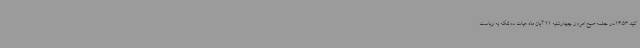
کنید 14:53در جلسه صبح امروز چهارشنبه 21 آبان ماه هیات دولتکه به ریاست